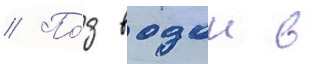
// По́д водои в